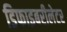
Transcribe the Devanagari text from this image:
डिफाइबरीलेटर